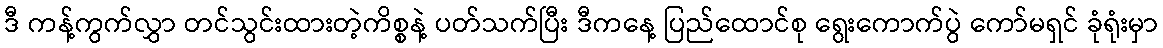
ဒီ ကန့်ကွက်လွှာ တင်သွင်းထားတဲ့ကိစ္စနဲ့ ပတ်သက်ပြီး ဒီကနေ့ ပြည်ထောင်စု ရွေးကောက်ပွဲ ကော်မရှင် ခုံရုံးမှာ